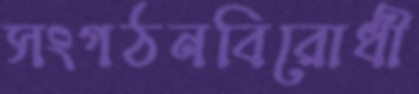
সংগঠনবিরোধী